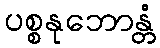
ပစ္စနုဘောန္တံ